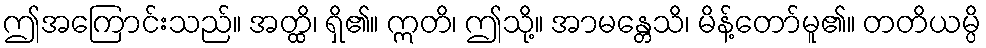
ဤအကြောင်းသည်။ အတ္ထိ၊ ရှိ၏။ ဣတိ၊ ဤသို့။ အာမန္တေသိ၊ မိန့်တော်မူ၏။ တတိယမ္ပိ